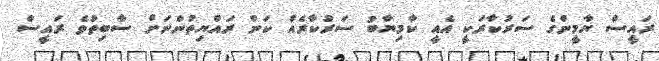
ރައީސް ޔާމީންގެ ސަރުކާރަކީ އެއީ ކާމިޔާބު ސަރުކާރެއް ކަން ރައްޔިތުންނަށް ސާބިތުވެ ރައީސް